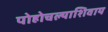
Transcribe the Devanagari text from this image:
पोहोचल्याशिवाय